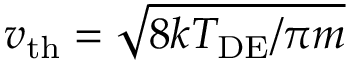
v _ { \mathrm { t h } } = \sqrt { 8 k T _ { \mathrm { D E } } / \pi m }